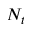
N _ { t }